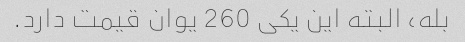
بله، البته این یکی 260 یوان قیمت دارد.